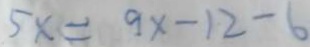
5 x = 9 x - 1 2 = 6